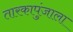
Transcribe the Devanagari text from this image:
तारकापुंजाला